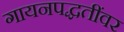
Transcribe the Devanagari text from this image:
गायनपद्धतींवर